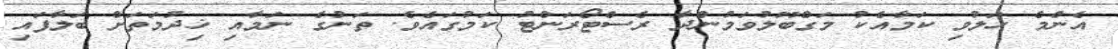
އެންމެ ހަލުވި ކަމާއެކު މަގްބޫލުވަމުންދާ ރެސްޓޯރަންޓު ކަމުގައެވެ. ތަނުގެ ނަމާއި ޚިދުމަތަށް ބަލާފައި